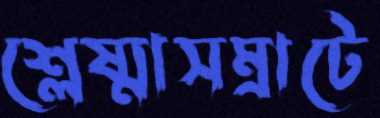
শ্লেষ্মাসম্রাটে